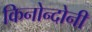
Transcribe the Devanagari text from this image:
किनोन्दोनी